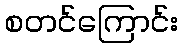
စတင်ကြောင်း